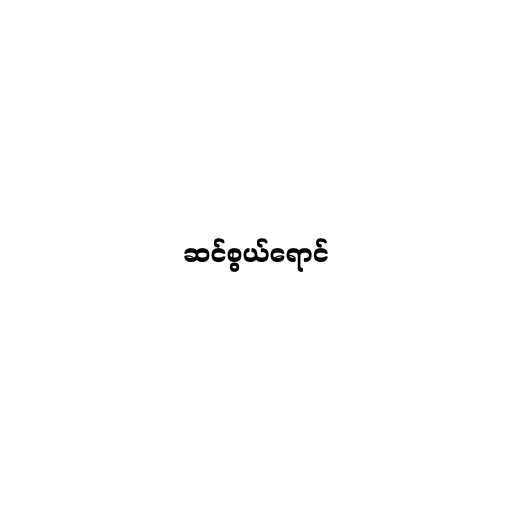
ဆင်စွယ်ရောင်